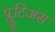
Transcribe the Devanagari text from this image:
प्लूटिअस